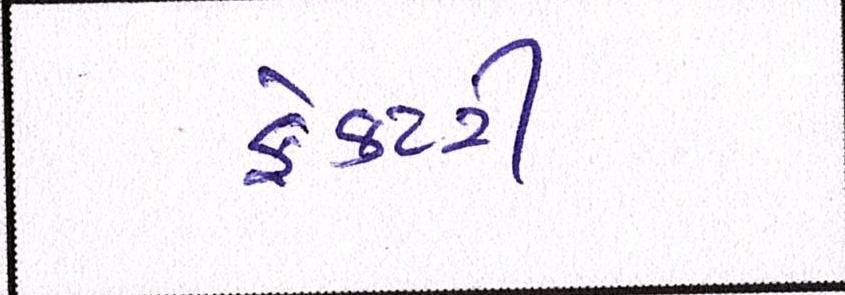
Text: ફેક્ટરી